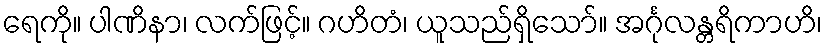
ရေကို။ ပါဏိနာ၊ လက်ဖြင့်။ ဂဟိတံ၊ ယူသည်ရှိသော်။ အင်္ဂုလန္တရိကာဟိ၊